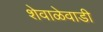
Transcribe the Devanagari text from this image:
शेवाळेवाडी